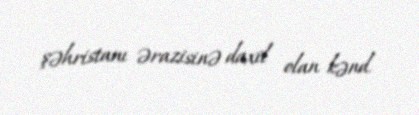
şəhristanı ərazisinə daxil olan kənd.